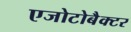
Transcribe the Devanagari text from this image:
एजोटोबैक्टर